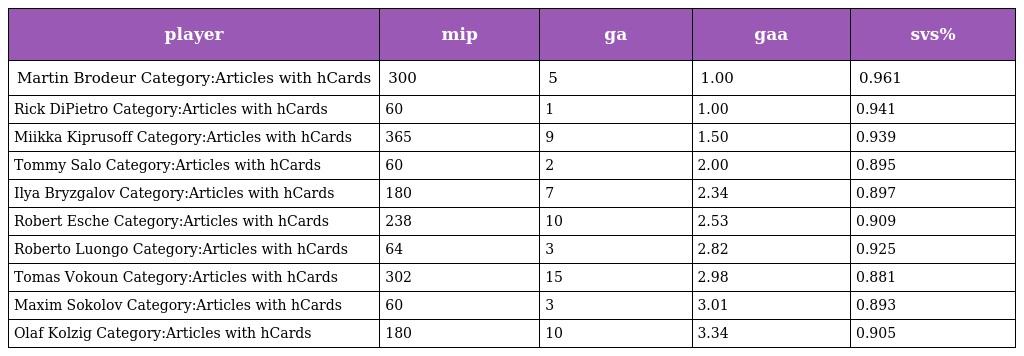
| player | mip | ga | gaa | svs% |
 | --- | --- | --- | --- | --- |
 | Martin Brodeur Category:Articles with hCards | 300 | 5 | 1.00 | 0.961 |
 | Rick DiPietro Category:Articles with hCards | 60 | 1 | 1.00 | 0.941 |
 | Miikka Kiprusoff Category:Articles with hCards | 365 | 9 | 1.50 | 0.939 |
 | Tommy Salo Category:Articles with hCards | 60 | 2 | 2.00 | 0.895 |
 | Ilya Bryzgalov Category:Articles with hCards | 180 | 7 | 2.34 | 0.897 |
 | Robert Esche Category:Articles with hCards | 238 | 10 | 2.53 | 0.909 |
 | Roberto Luongo Category:Articles with hCards | 64 | 3 | 2.82 | 0.925 |
 | Tomas Vokoun Category:Articles with hCards | 302 | 15 | 2.98 | 0.881 |
 | Maxim Sokolov Category:Articles with hCards | 60 | 3 | 3.01 | 0.893 |
 | Olaf Kolzig Category:Articles with hCards | 180 | 10 | 3.34 | 0.905 |